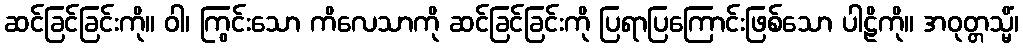
ဆင်ခြင်ခြင်းကို။ ဝါ၊ ကြွင်းသော ကိလေသာကို ဆင်ခြင်ခြင်းကို ပြရာပြကြောင်းဖြစ်သော ပါဠိကို။ အဝုတ္တသ္မိံ၊